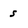
Character: s